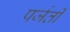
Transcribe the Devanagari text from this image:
पर्जती